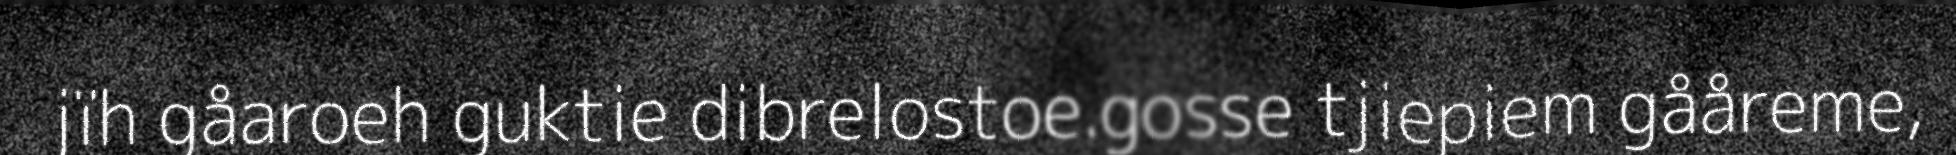
jïh gåaroeh guktie dibrelostoe.gosse tjiepiem gååreme,